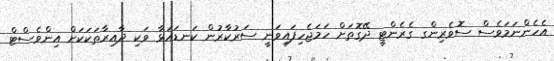
އެހެންނަމަވެސް ސޮވެރިންގ ގެރެންޓީ ދޭގޮތަށް ހަމަޖެހިފައިވަނީ ސަރުކާރުން ކަނޑައަޅާ ވަކި ދާއިރާތަކަކަށް އިންވެސްޓް